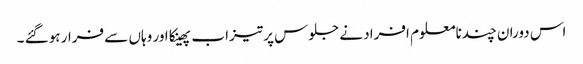
اس دوران چندنامعلوم افراد نے جلوس پر تیزاب پھینکا اور وہاں سے فرار ہوگئے ۔